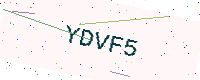
Text: YDVF5